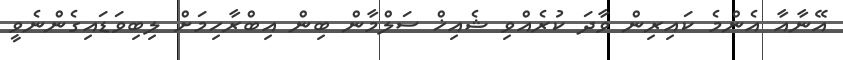
އޭނާއާ އެންމެ ކައިރިން ވާދަ ކުރެއްވި ޝެއިޚް ސަލްމާން ބިން އިބްރާހިމަށް ލިބިވަޑައިގެންނެވީ